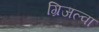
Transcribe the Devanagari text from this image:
ग्रिजल्वा